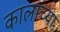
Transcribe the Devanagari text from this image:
कालाच्या